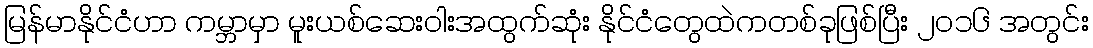
မြန်မာနိုင်ငံဟာ ကမ္ဘာမှာ မူးယစ်ဆေးဝါးအထွက်ဆုံး နိုင်ငံတွေထဲကတစ်ခုဖြစ်ပြီး ၂၀၁၆ အတွင်း